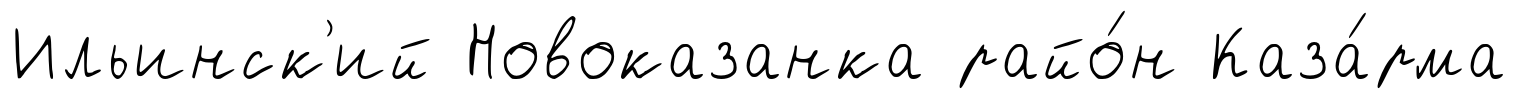
Ильинск'ий Новоказанка райо́н Каза́рма